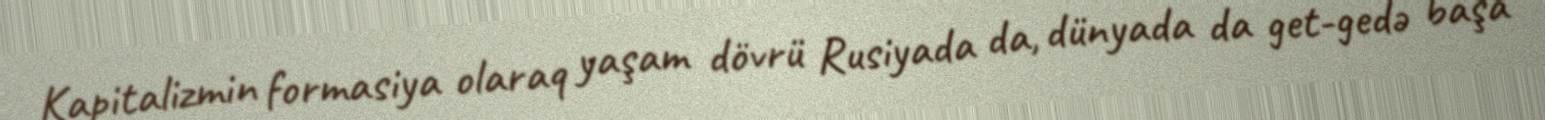
Kapitalizmin formasiya olaraq yaşam dövrü Rusiyada da, dünyada da get-gedə başa